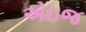
એઇજ